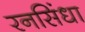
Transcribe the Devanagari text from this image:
रनसिंधा